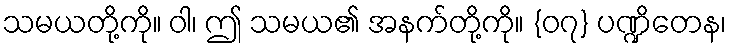
သမယတို့ကို။ ဝါ၊ ဤ သမယ၏ အနက်တို့ကို။ {၀၇} ပဏ္ဍိတေန၊